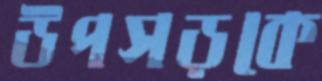
উপসড়কে